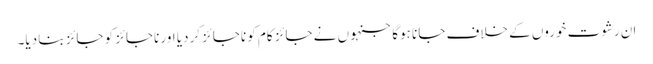
ان رشوت خوروں کے خلاف جانا ہوگا جنہوں نے جائز کام کو ناجائز کردیا اور ناجائز کو جائز بنا دیا۔